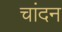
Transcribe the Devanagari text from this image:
चांदन